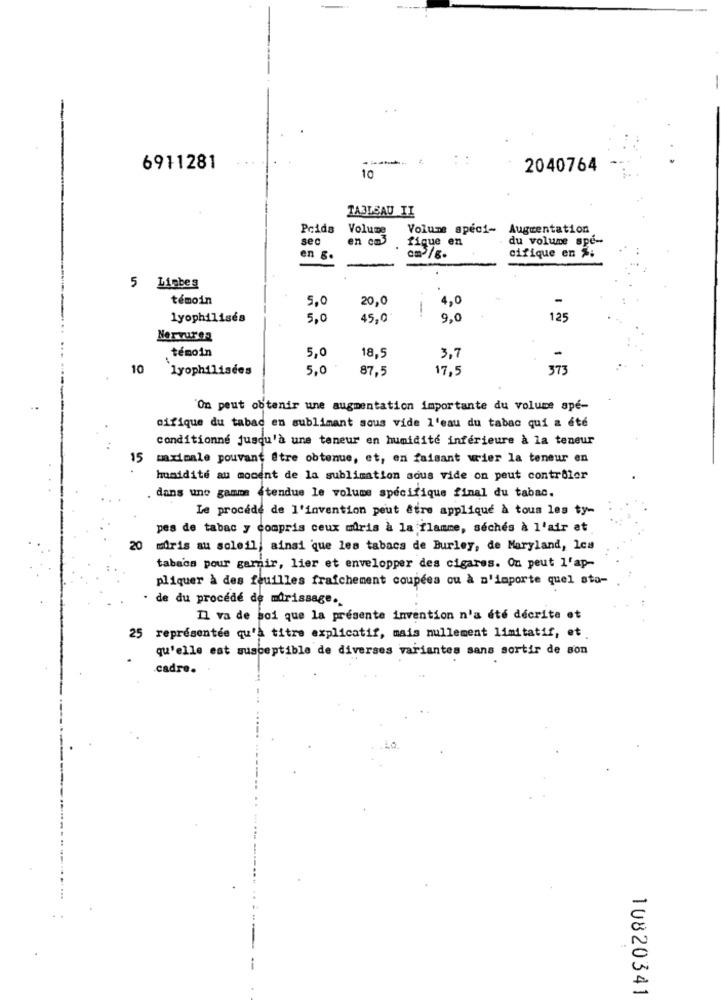
......
6911281
2040764
10
TABLEAU II
Pcids
Volume
Volume speci-
Augmentation
sec
en cms
fique en
du volume spe-
cifique en %;
en
5 Liebes
témoin
5,0
20,0
1
4,0
lyophilisés
5,0
45,0
9,0
125
Nervures
témoin
5,0
18,5
3,7
10
lyophilisées
5,0
87,5
17,5
373
'On peut obtenir une augmentation importante du volume ape-
cifique du tabac en sublimant sous vide l'eau du tabac qui a été
conditionné jusqu'à une teneur en humidité inférieure à la teneur
15
maximale pouvant être obtenue, et, en faisant wier la teneur en
humidité au moment de la sublimation sous vide on peut contrôler
. dans une gamme étendue le volume specifique final du tabac.
Le procede de l'invention peut être applique à tous les ty-
pes de tabac y compris ceux mûris à la flamme, séchés à l'air at
20
miris au soleil, ainsi que les tabacs de Burley, de Maryland, Ics
tabsom pour garnir, lier et envelopper des cigares. On peut l'ap-
pliquer à des feuilles fraîchement coupées ou à n'importe quel sto-
de du procede de murissage.
Il va de soi que la présente invention n'a été décrite et
25 représentée qu'à titre explicatif, mais nullement limitatif, et
qu'elle est susceptible de diverses variantes sans sortir de son
.
.cadre.
10820341